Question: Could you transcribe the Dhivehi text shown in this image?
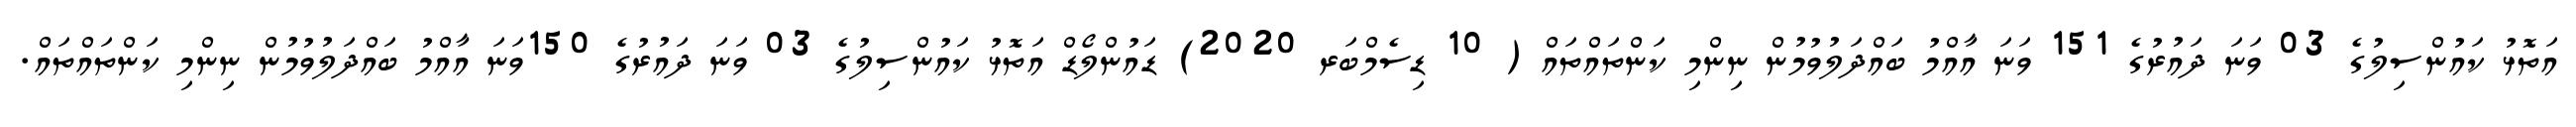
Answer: އަތޮޅު ކައުންސިލުގެ 03 ވަނަ ދައުރުގެ 151 ވަނަ އާއްމު ބައްދަލުވުމުން ނިންމި ކަންތައްތައް ( 10 ޑިސެމްބަރ 2020) ޑައުންލޯޑް އަތޮޅު ކައުންސިލުގެ 03 ވަނަ ދައުރުގެ 150ވަނަ އާއްމު ބައްދަލުވުމުން ނިންމި ކަންތައްތައް.